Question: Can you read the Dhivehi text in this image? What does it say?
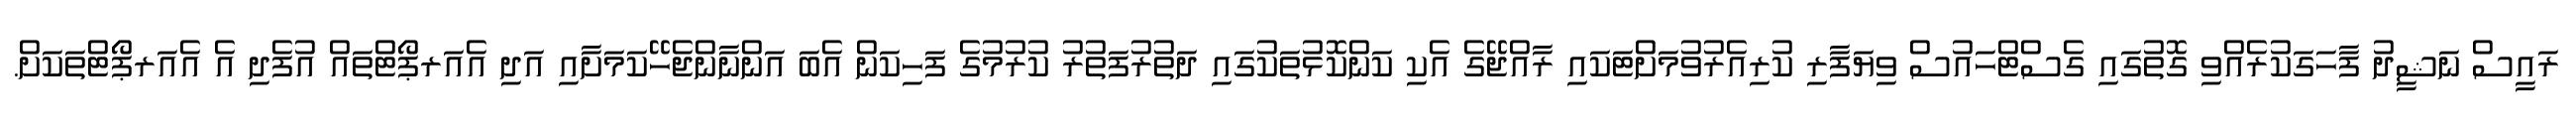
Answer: ރައީސް ނަޝީދު ފާހަގަކުރެއްވި ގޮތުގައި ގެސްޓްހައުސް ވިޔަފާރި ކުރިއެރުވުމަށްޓަކައި ރާއްޖޭގެ އެކި ކަންކޮޅުތަކުގައި ދަތުރުފަތުރު ކުރުމުގެ ފަހިކަން އެބަ އަންނާންޖެހޭކަމަށާއި އަދި އެއަރޕޯޓްތައް އުފެދި އެ އެއަރޕޯޓްތަކަށް.